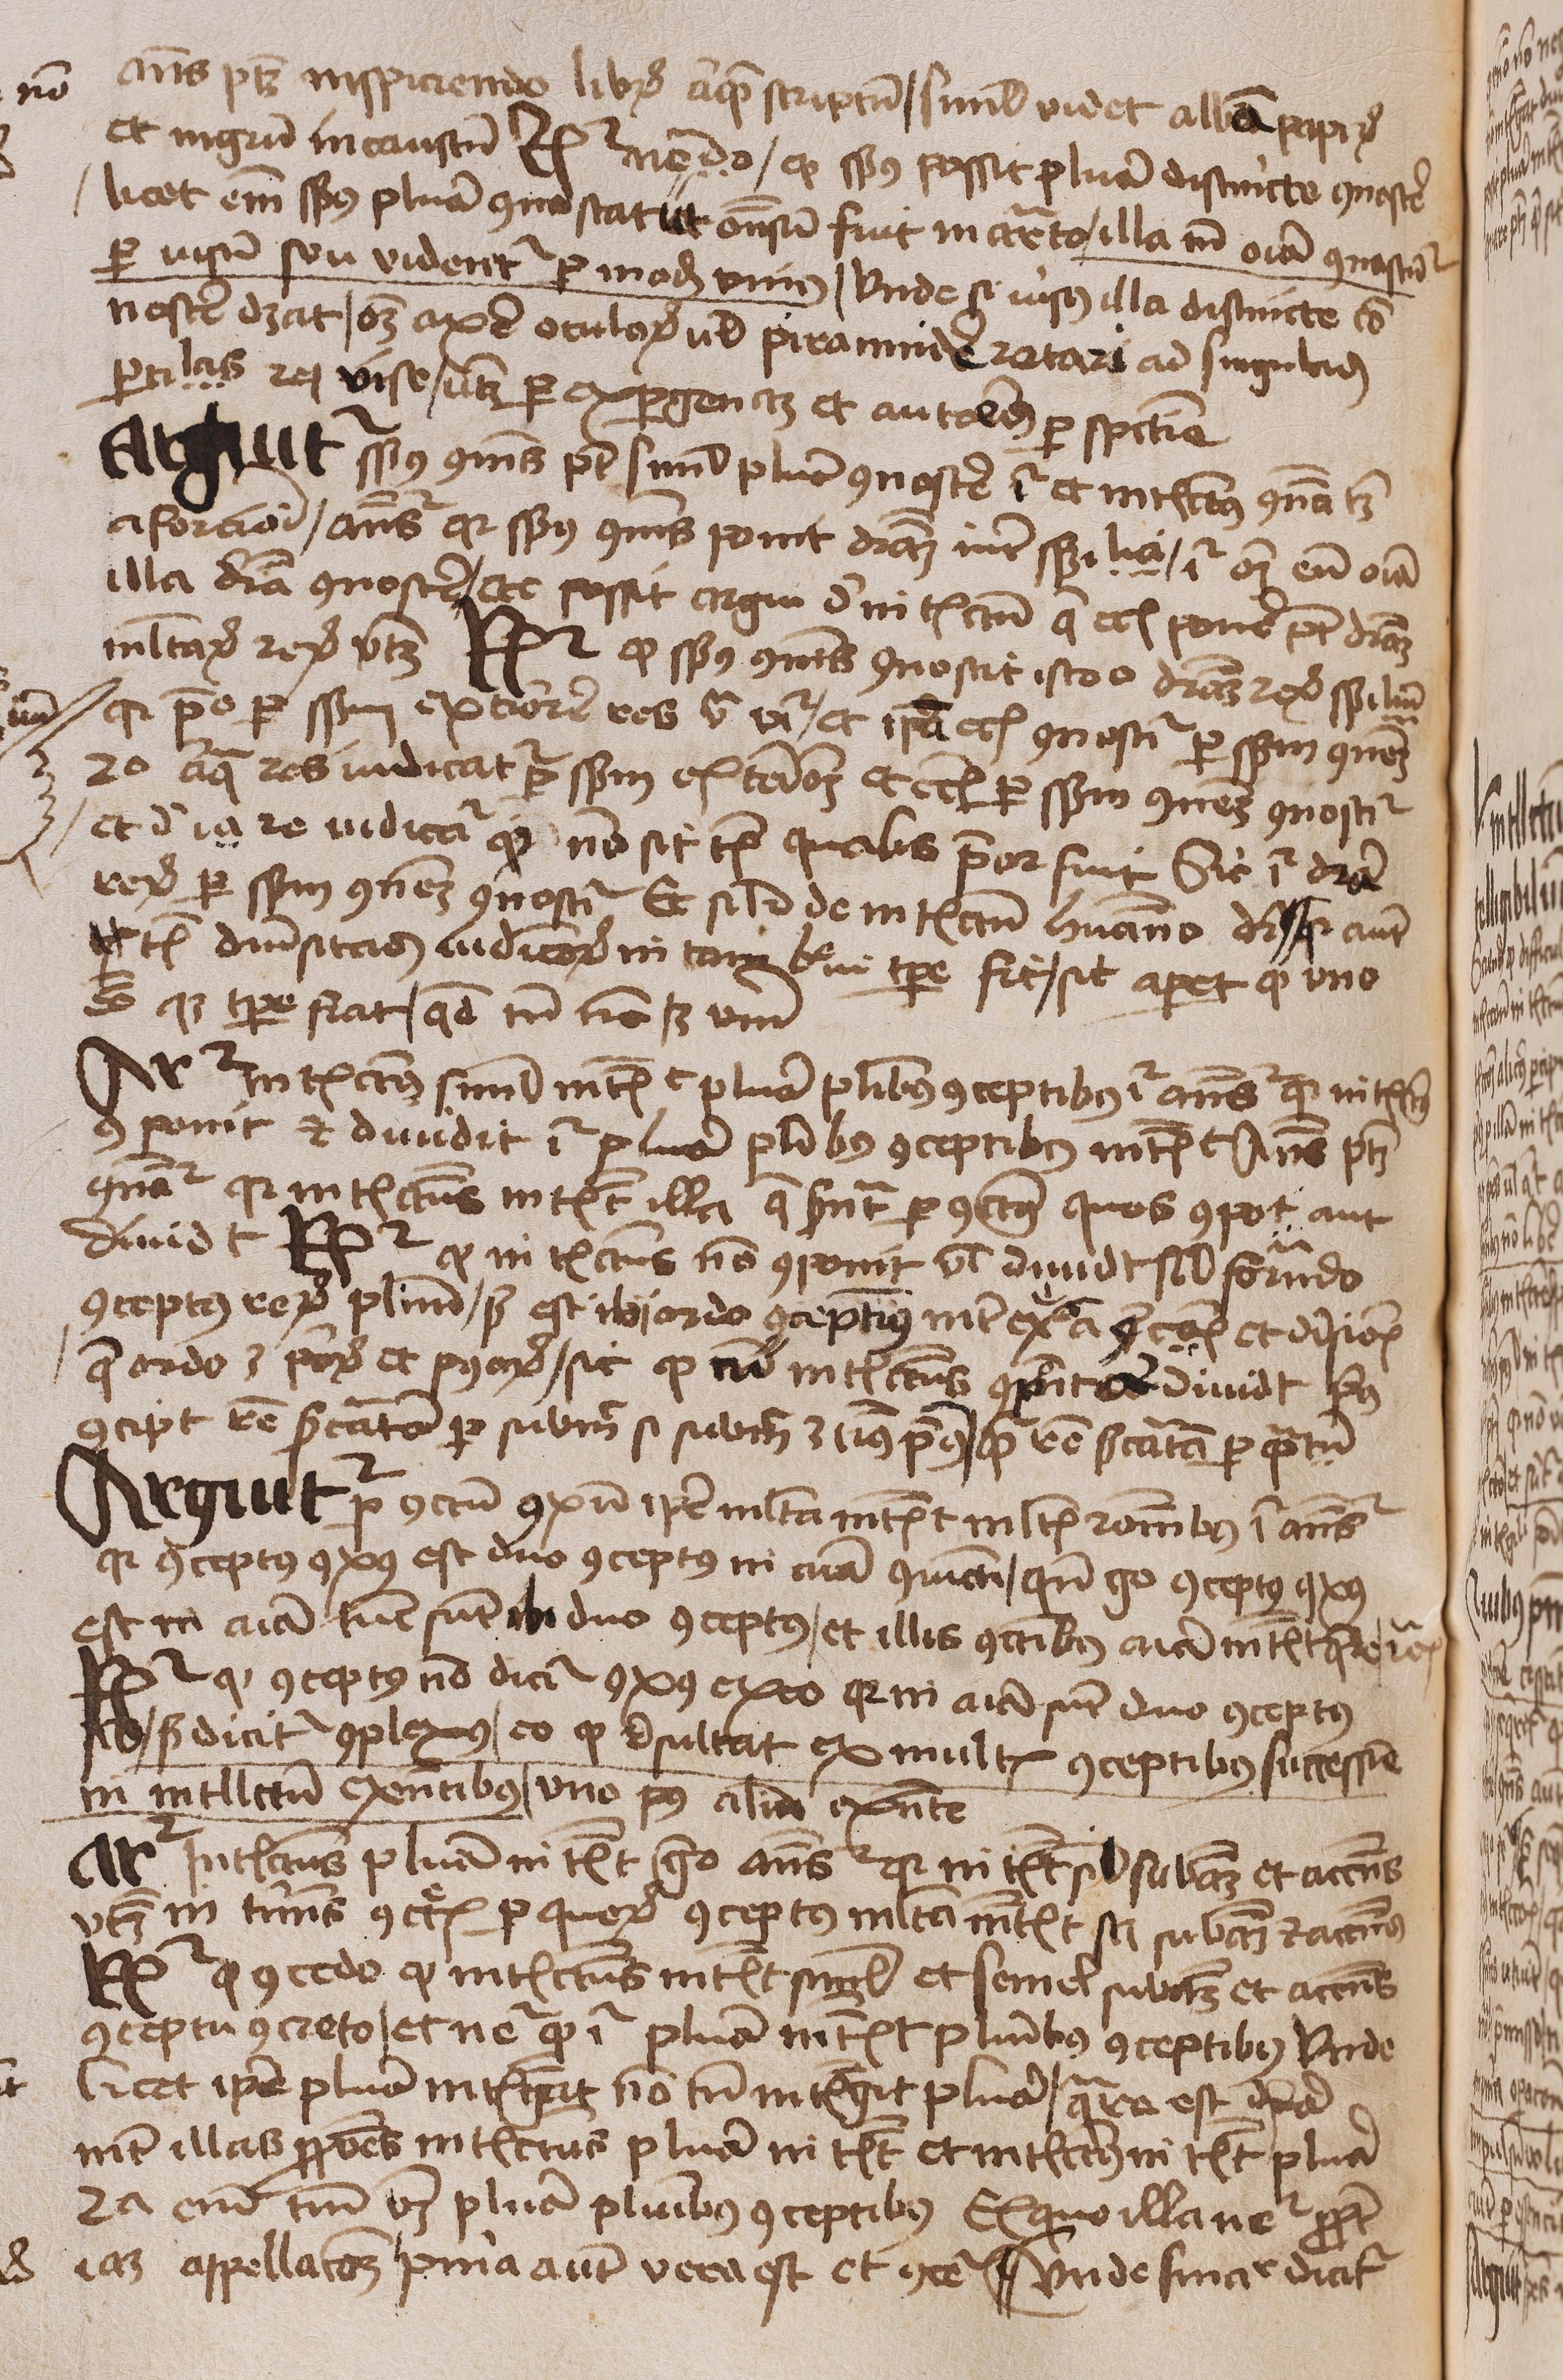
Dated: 1450–1474